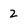
Character: 2